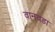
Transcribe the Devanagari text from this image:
वानवडा